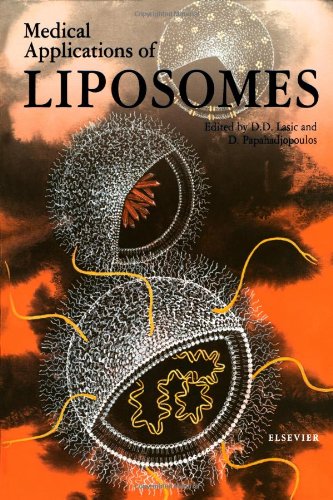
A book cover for Medical Applications of Liposomes; Medical Books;